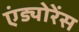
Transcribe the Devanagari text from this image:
एंड्योरेंस